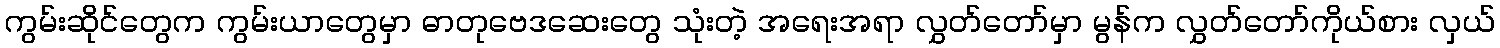
ကွမ်းဆိုင်တွေက ကွမ်းယာတွေမှာ ဓာတုဗေဒဆေးတွေ သုံးတဲ့ အရေးအရာ လွှတ်တော်မှာ မွန်က လွှတ်တော်ကိုယ်စား လှယ်